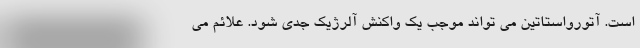
است. آتورواستاتین می تواند موجب یک واکنش آلرژیک جدی شود. علائم می